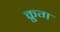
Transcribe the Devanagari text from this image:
क्रुग